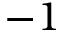
- 1